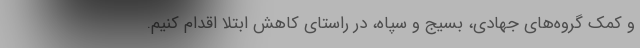
و کمک گروه‌های جهادی، بسیج و سپاه، در راستای کاهش ابتلا اقدام کنیم.